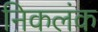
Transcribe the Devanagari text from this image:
निकलंक